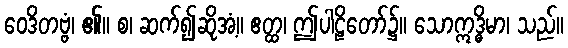
ဝေဒိတဗ္ဗံ၊ ၏။ စ၊ ဆက်၍ဆိုအံ့။ ဧတ္ထ၊ ဤပါဠိတော်၌။ သောဣဒ္ဓိမာ၊ သည်။